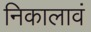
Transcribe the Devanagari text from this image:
निकालावं